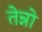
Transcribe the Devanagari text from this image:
तेन्नो